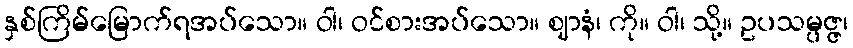
နှစ်ကြိမ်မြောက်ရအပ်သော။ ဝါ၊ ဝင်စားအပ်သော။ ဈာနံ၊ ကို။ ဝါ၊ သို့။ ဥပသမ္ပဇ္ဇ၊